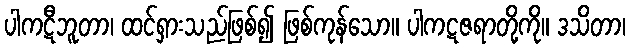
ပါကဋီဘူတာ၊ ထင်ရှားသည်ဖြစ်၍ ဖြစ်ကုန်သော။ ပါကဋဇရာတို့ကို။ ဒသိတာ၊